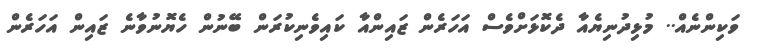
ވަކިންނެއް.. މުޅިދުނިޔެއާ ދެކޮޅަށްވެސް އަހަރެން ޒައިންއާ ކައިވެނިކުރަން ބޭނުން ހެޔޮނުވާނެ ޒައިން އަހަރެން